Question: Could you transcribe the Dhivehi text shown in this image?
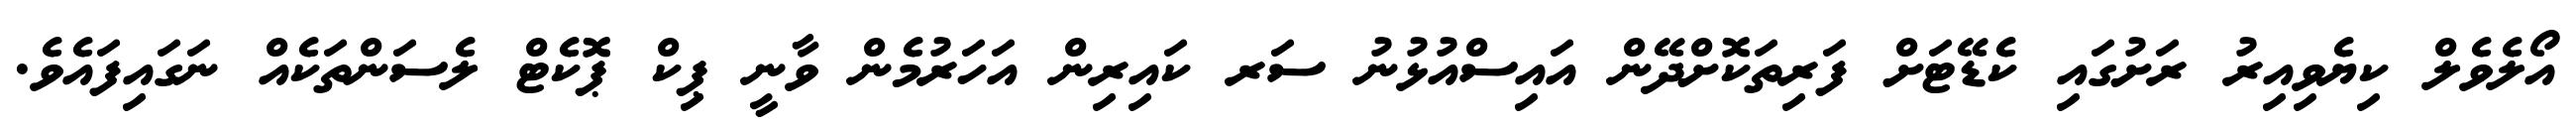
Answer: އޯލެވެލް ކިޔެވިއިރު ރަށުގައި ކެޑޭޓަށް ފަރިތަކޮށްދޭން އައިސްއުޅުނު ސަރ ކައިރިން އަހަރުމެން ވާނީ ޕިކް ޕޮކެޓް ލެސަންތަކެއް ނަގައިފައެވެ.